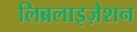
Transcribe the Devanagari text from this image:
लिब्रलाइज़ेशन